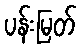
ပန်းမြတ်